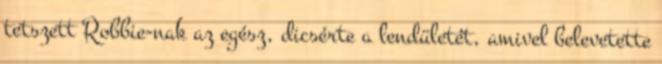
tetszett Robbie-nak az egész, dicsérte a lendületét, amivel belevetette